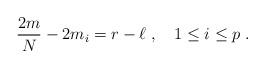
LaTeX: \begin{align*}{2m\over N} - 2m_i =r-\ell\;, \quad 1\leq i \leq p \;.\end{align*}